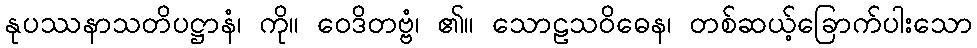
နုပဿနာသတိပဋ္ဌာနံ၊ ကို။ ဝေဒိတဗ္ဗံ၊ ၏။ သောဠသဝိဓေန၊ တစ်ဆယ့်ခြောက်ပါးသော